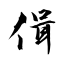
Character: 偮